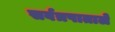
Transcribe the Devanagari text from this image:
सर्वत्रपाताले